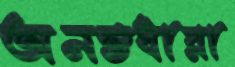
অনন্তধারা